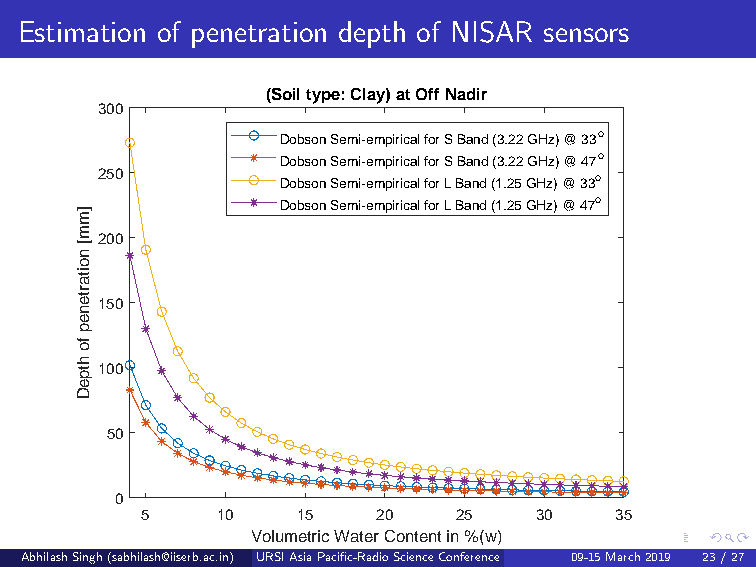
Estimation of penetration depth of NISAR sensors
 (Soil type: Clay) at Off Nadir
 300
 Dobson Semi-empirical for S Band (3.22 GHz) @ 33o
 Dobson Semi-empirical for S Band (3.22 GHz) @ 47o
 250          Dobson Semi-empirical for L Band (1.25 GHz) @ 33o
 Dobson Semi-empirical for L Band (1.25 GHz) @ 47o
 ]m
 m
 200
 [
 n
 o
 ita
 rte150
 n
 e
 p
 fo
 h
 tp100
 e
 D
 50
 0
 5    10    15   20   25   30    35
 Volumetric Water Content in %(w)
 AbhilashSingh(sabhilash@iiserb.ac.in) URSIAsiaPacific-RadioScienceConference 09-15March2019 (De2p3ar/tm2e7ntofEarthandEnvironmentalSciencesIndianInstituteofScienceEducationandResearch,Bhopal,IndianInstituteofRemoteSensing,ISRO,Dehradun Presentedby:AbhilashSingh,DST-INSPIREFellow)